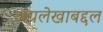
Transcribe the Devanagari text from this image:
अग्रलेखाबद्दल